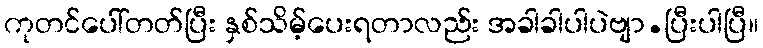
ကုတင်ပေါ်တတ်ပြီး နှစ်သိမ့်ပေးရတာလည်း အခါခါပါပဲဗျာ.ပြီးပါပြီ။